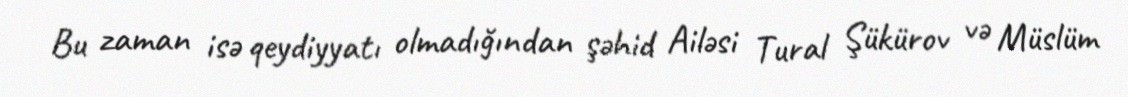
Bu zaman isə qeydiyyatı olmadığından şəhid Ailəsi Tural Şükürov və Müslüm